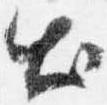
出